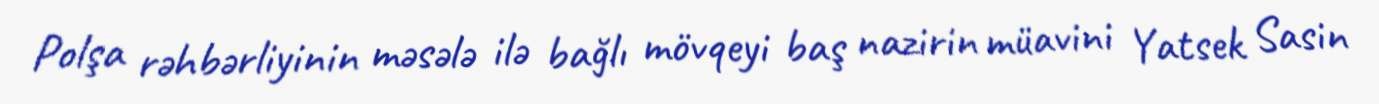
Polşa rəhbərliyinin məsələ ilə bağlı mövqeyi baş nazirin müavini Yatsek Sasin